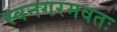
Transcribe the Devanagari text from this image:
स्वनगरमवतः